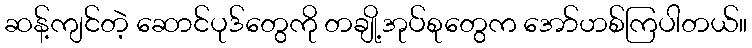
ဆန့်ကျင်တဲ့ ဆောင်ပုဒ်တွေကို တချို့အုပ်စုတွေက အော်ဟစ်ကြပါတယ်။